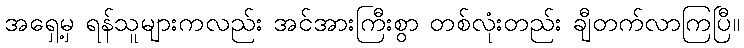
အရှေ့မှ ရန်သူများကလည်း အင်အားကြီးစွာ တစ်လုံးတည်း ချီတက်လာကြပြီ။